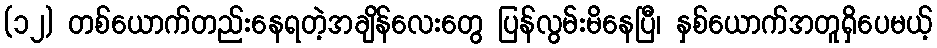
(၁၂) တစ်ယောက်တည်းနေရတဲ့အချိန်လေးတွေ ပြန်လွမ်းမိနေပြီ၊ နှစ်ယောက်အတူရှိပေမယ့်